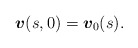
\begin{align*}\mbox{\mathversion{bold}$v$}(s,0) = \mbox{\mathversion{bold}$v$}_{0}(s).\end{align*}